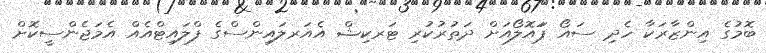
ބޮމުގެ އިންޒާރަކާ ހެދި ސައޯ ޕަައޮލޯއަށް ދަތުރުކުރި ޓަރކިޝް އެއަރލައިންސްގެ ފްލައިޓްއެއް އެމަޖެންސީކޮށް